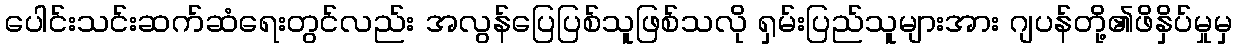
ပေါင်းသင်းဆက်ဆံရေးတွင်လည်း အလွန်ပြေပြစ်သူဖြစ်သလို ရှမ်းပြည်သူများအား ဂျပန်တို့၏ဖိနှိပ်မှုမှ